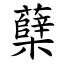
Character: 蘖